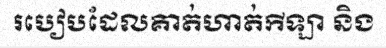
របៀបដែលគាត់ហាត់កីឡា និង